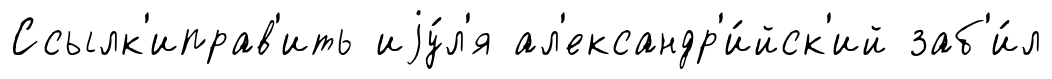
Ссылк'иправ'ить иjу́л'я ал'ександр'и́йск'ий заб'и́л